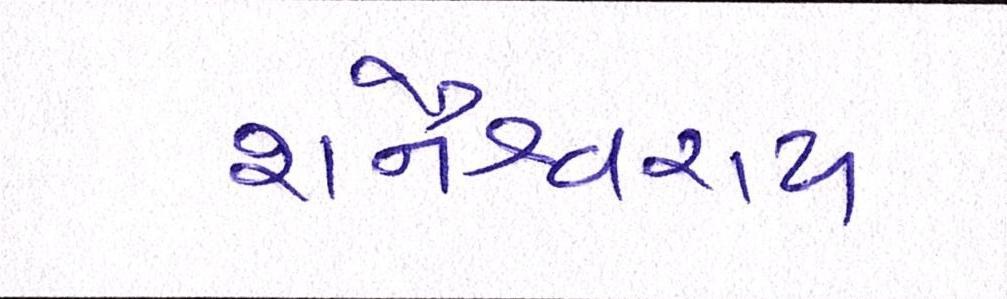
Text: શનૈશ્ચરાય